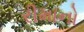
રીમાનો